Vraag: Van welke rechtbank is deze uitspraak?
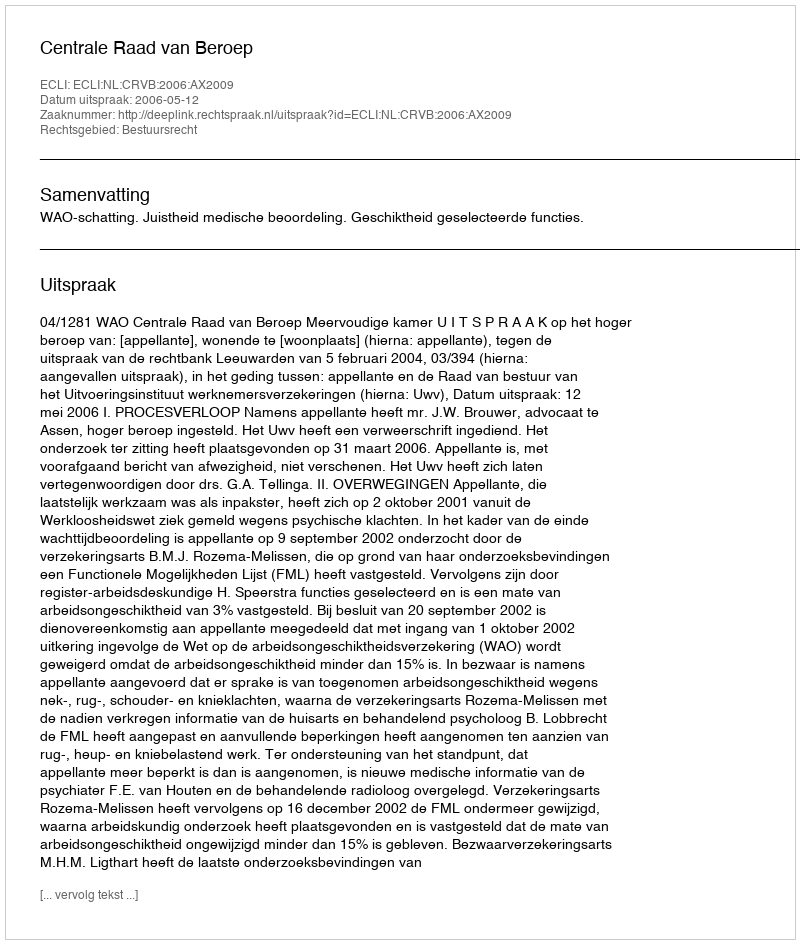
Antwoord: Centrale Raad van Beroep